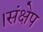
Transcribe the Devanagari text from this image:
।संक्षेप